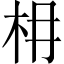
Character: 枏